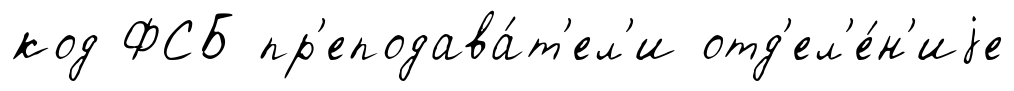
код ФСБ пр'еподава́т'ел'и отд'ел'е́н'иjе